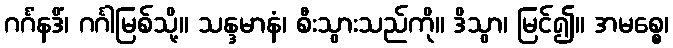
ဂင်္ဂံနဒိံ၊ ဂင်္ဂါမြစ်သို့။ သန္ဒမာနံ၊ စီးသွားသည်ကို။ ဒိသွာ၊ မြင်၍။ အမစ္စေ၊